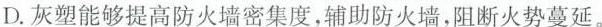
D.灰塑能够提高防火墙密集度，轴助防火墙，阻断火势蔓延。